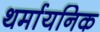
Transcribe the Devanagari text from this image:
थर्मायनिक